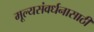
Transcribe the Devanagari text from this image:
मूल्यसंवर्धनासाठी